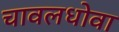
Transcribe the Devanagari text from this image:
चावलधोवा